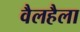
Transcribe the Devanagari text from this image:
वैलहैला